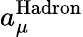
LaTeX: a_{\mu}^{\mathrm{Hadron}}